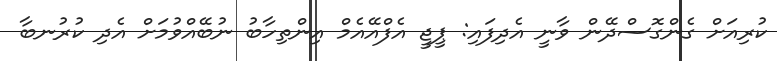
ކުރިއަށް ގެންގޮސްދޭން ވާނީ އެދިފައި: ޕީޖީ އެފްއޭއެމް އިންތިހާބު ނުބޭއްވުމަށް އެދި ކުރުނބާ